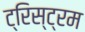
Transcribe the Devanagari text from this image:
ट्रिस्ट्रम